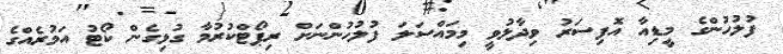
ފުލުހުންގެ މީޑިއާ އޮފިސަރު ވިދާޅުވީ މިމައްސަލަ ފުލުހުންނަށް ރިޕޯޓްކުރުމާ ގުޅިގެން ކޯޓު އަމުރެއްގެ